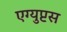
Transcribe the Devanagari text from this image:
एग्युप्टस